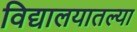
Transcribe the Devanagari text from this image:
विद्यालयातल्या